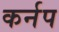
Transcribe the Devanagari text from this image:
कर्नप